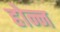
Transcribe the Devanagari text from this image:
होन्न